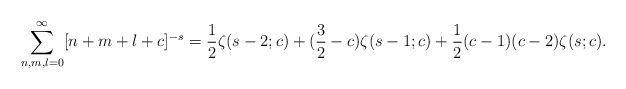
\begin{align*}\sum_{n,m,l=0}^{\infty}[n+m+l+c]^{-s}=\frac{1}{2}\zeta(s-2;c) +(\frac{3}{2}-c)\zeta(s-1;c)+\frac{1}{2}(c-1)(c-2)\zeta(s;c).\end{align*}